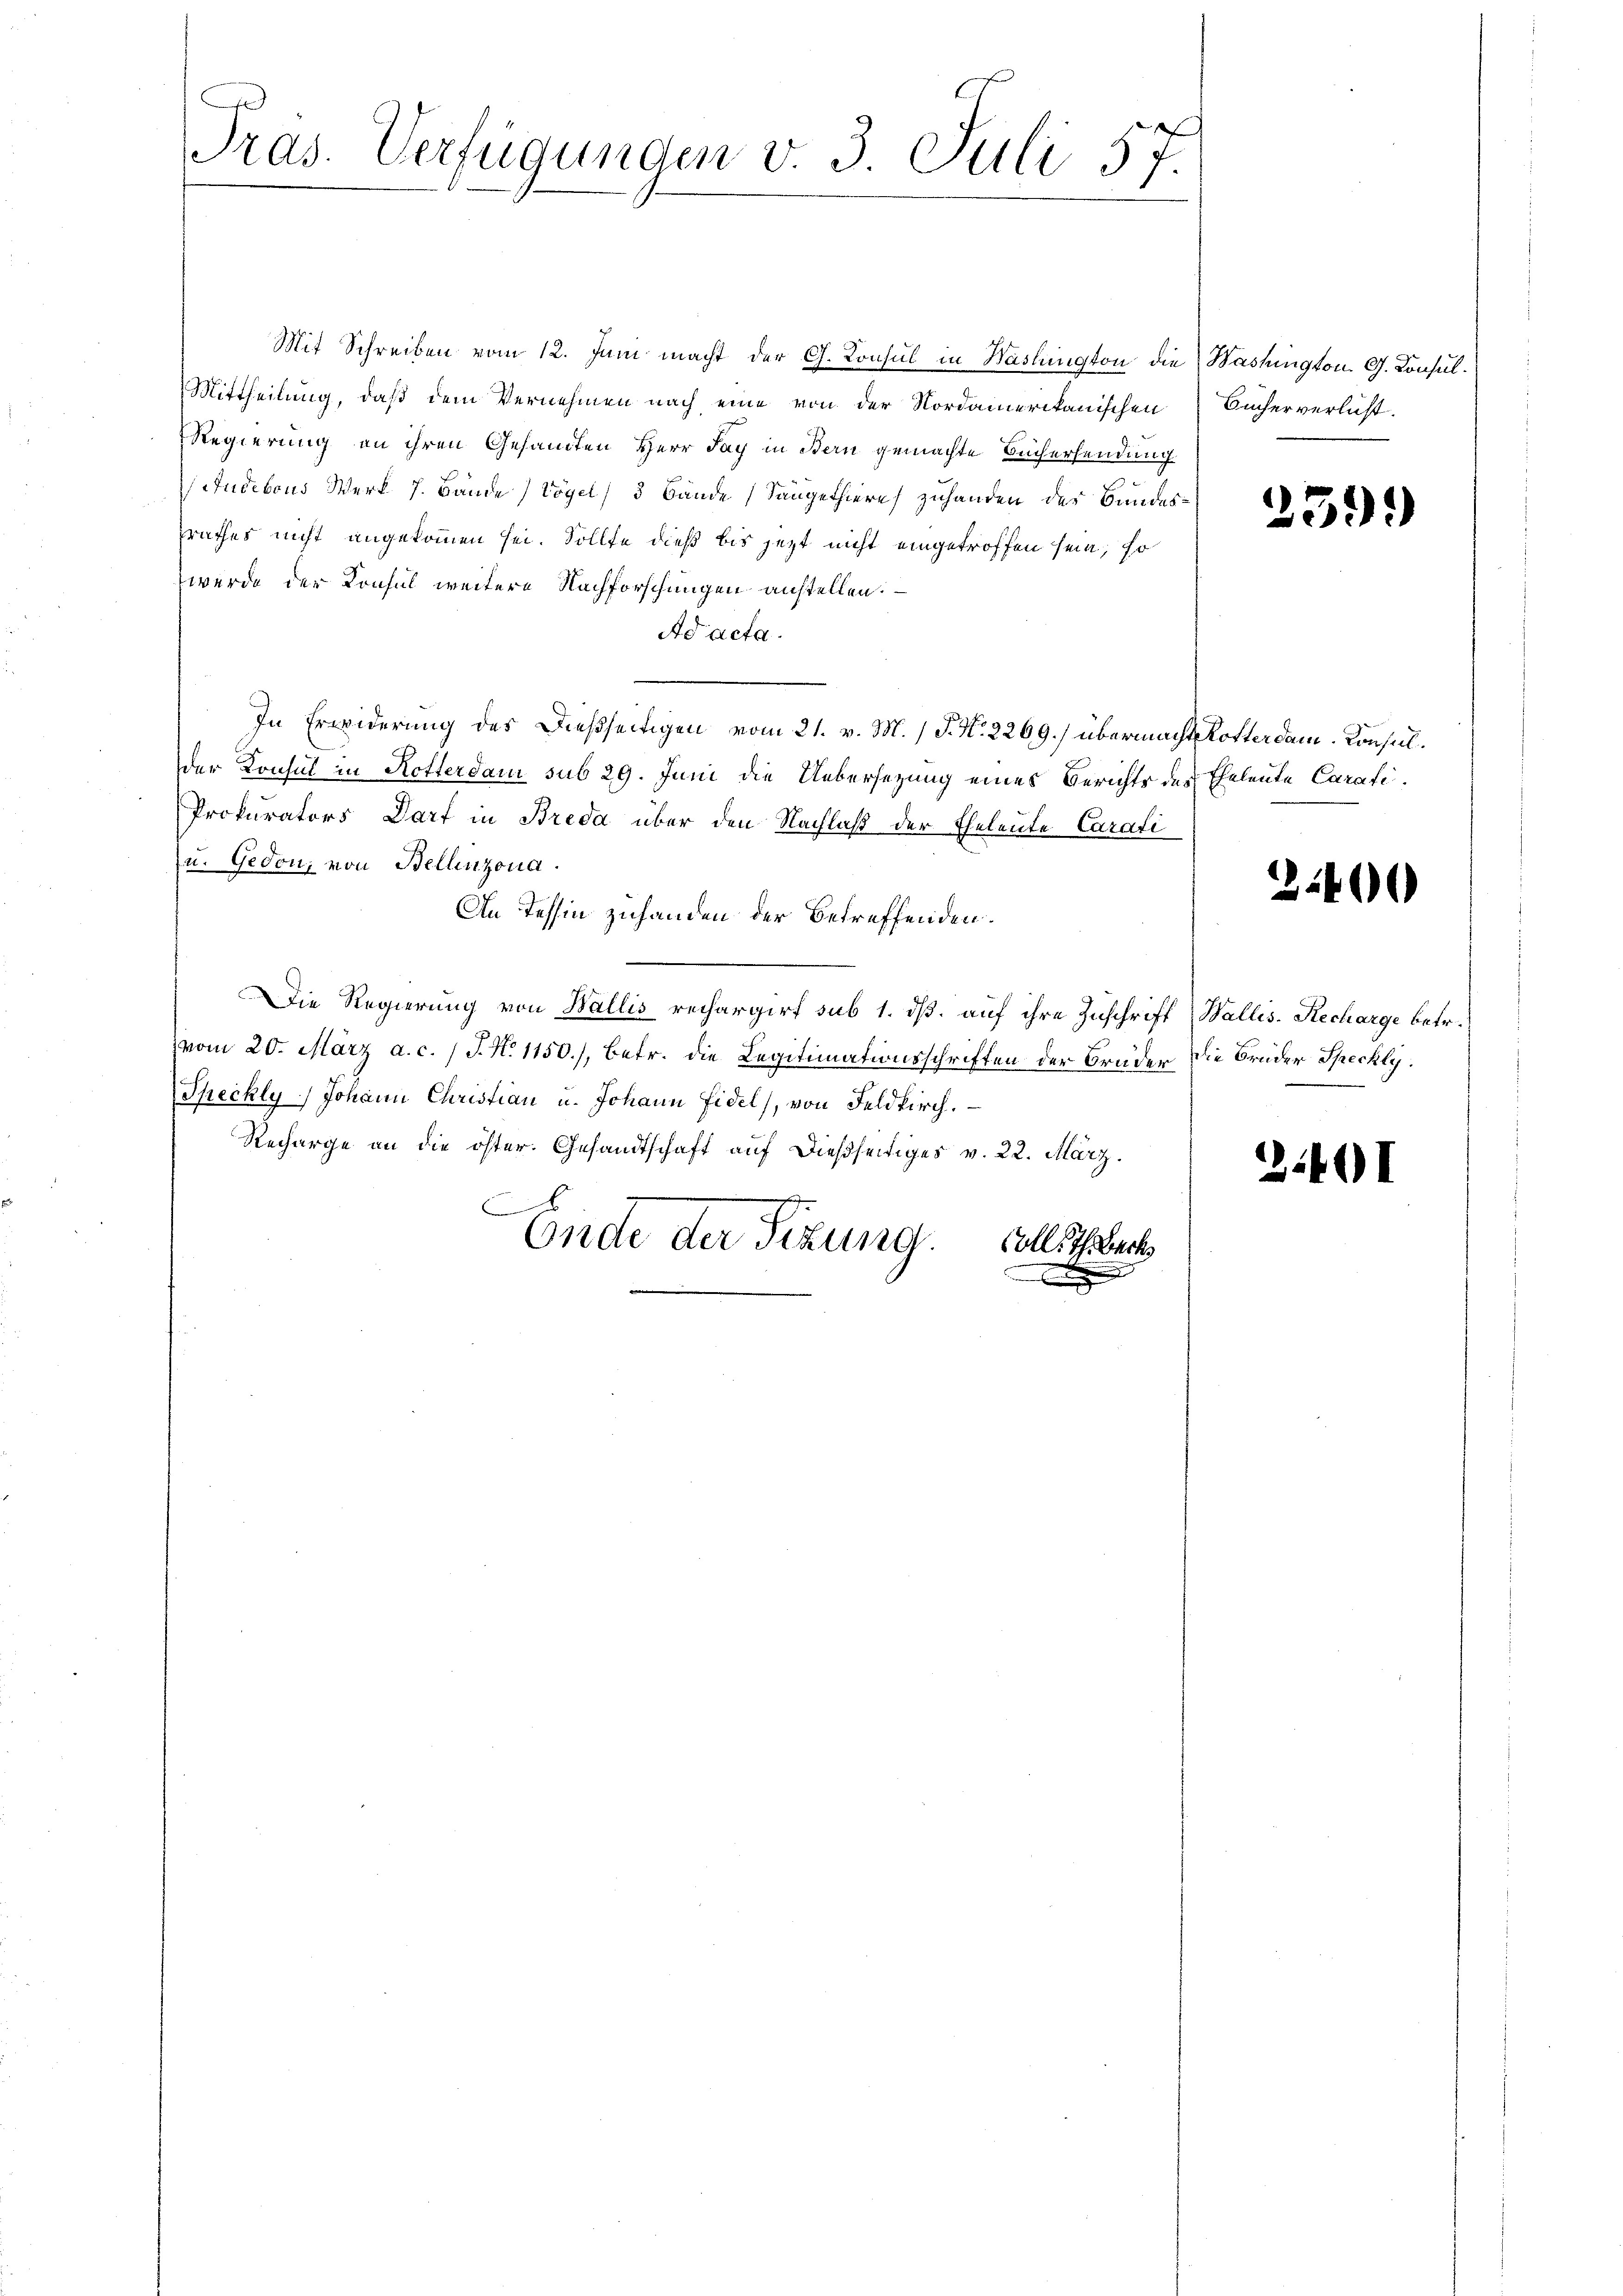
Pras. Verfügungen v. 3. Juli 57.

Mit Schreiben vom 12. Juni macht der G. Konsul in Waslington die Washington. G. Konsul¬
Mittheilung, daß dem Vernehmen nach eine von der Nordamerikanischen
Regierung an ihren Gesandten Herr Tag in Bern gemachte Büchersendung
Sudebous Werk J. Bände Vögel, 3 Bände Säugethiere zuhanden der Bundeszrathes nicht angekommen sei. Sollte dieß bis jetzt nicht eingetroffen sein, so
werde der Konsul weitere Nachforschungen anstellen.
Ad acta.
In Erwiderung des Dießseitigen vom 21. v. M.) P. Nr. 2269.) übermacht Rotterdam. Konsulder Konsul in Rotterdam sub 29. Juni die Uebersezung eines Berichts des Eheleute Carati¬
Prokurators Darf in Breda über den Nachlaß der Eheleute Carati
u. Gedon, von Bellinzona
An Tessin zuhanden der Betreffenden.
Die Regierung von Wallis rechargirt sub 1. dß. auf ihre Zuschrift Wallis. Recharge betr.
vom 20. März a. c. / J. N. 1150), betr. die Legitimationsschriften der Brüder die Brüder Speckly.
Shechly, Johann Christian u. Johann Fidel, von Feldkirch.
Recharge an die öster. Gesandtschaft auf dießseitiges v. 22. März.
x
Ende der Sizung.
Coll. Th. Beck
m

Bücher verlicht.

259.)

2400

31401